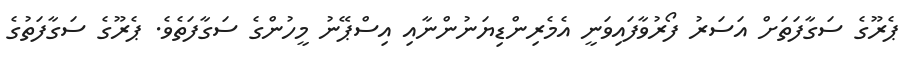
ޕެރޫގެ ސަގާފަތަށް އަސަރު ފޯރުވާފައިވަނީ އެމެރިންޑިޔަނުންނާއި އިސްޕޭނު މީހުންގެ ސަގާފަތެވެ. ޕެރޫގެ ސަގާފަތުގެ